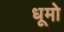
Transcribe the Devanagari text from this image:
धूमो